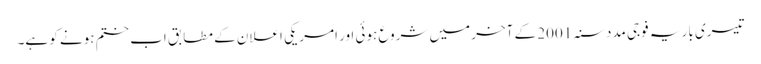
تیسری بار یہ فوجی مدد سنہ 2001 کے آخر میں شروع ہوئی اور امریکی اعلان کے مطابق اب ختم ہونے کو ہے۔